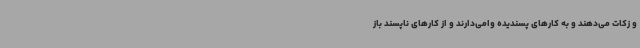
و زکات می‌دهند و به کارهای پسندیده وامی‌دارند و از کارهای ناپسند باز